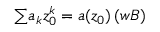
{ \textstyle \sum } a _ { k } z _ { 0 } ^ { k } = a ( z _ { 0 } ) \, ( { \boldsymbol { w B } } )